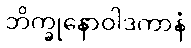
ဘိက္ခုနောဝါဒကာနံ